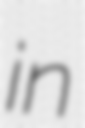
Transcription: in